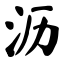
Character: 沥